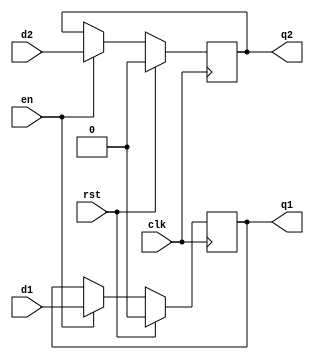
module basic_2signal_ff(
	input clk, 
	input rst, 
	input en, 
	input d1, 
	input d2, 
	output reg q1,
	output reg q2
);

	wire next_q1;
	wire next_q2;

	assign next_q1 = en ? d1 : q1;
	assign next_q2 = en ? d2 : q2;

	always @(posedge clk) begin
		if (rst) begin
			q1 <= 1'b0;
			q2 <= 1'b0;
		end
		else begin
			q1 <= next_q1;
			q2 <= next_q2;
		end	
	end
endmodule